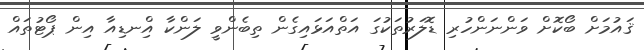
ޤައުމަށް ބޯކޮށް ވަންނަންހުރި ޑޮލަރުތަކުގަ އަތްއަޅައިގެން ތިބެންވީ ލަންކާ އިްނޑިއާ އިން ޕޯޓުތައް